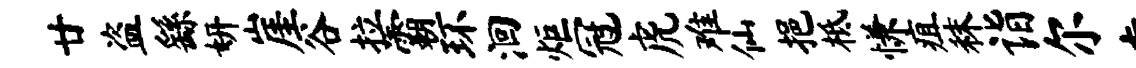
廿盗繇妍崖谷拉霸环洄炬冠虎难仙挹柢慊疽秣诣尔盍